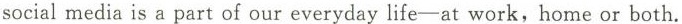
social media is a part of our everyday life-at work,home or both.